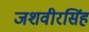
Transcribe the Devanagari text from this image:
जशवीरसिंह